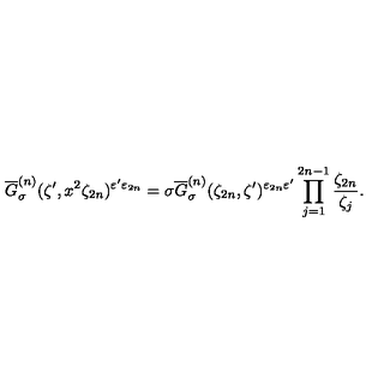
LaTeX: \overline { { G } } _ { \sigma } ^ { ( n ) } ( \zeta ^ { \prime } , x ^ { 2 } \zeta _ { 2 n } ) ^ { \varepsilon ^ { \prime } \varepsilon _ { 2 n } } = \sigma \overline { { G } } _ { \sigma } ^ { ( n ) } ( \zeta _ { 2 n } , \zeta ^ { \prime } ) ^ { \varepsilon _ { 2 n } \varepsilon ^ { \prime } } \prod _ { j = 1 } ^ { 2 n - 1 } \frac { \zeta _ { 2 n } } { \zeta _ { j } } .